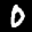
Label: 0